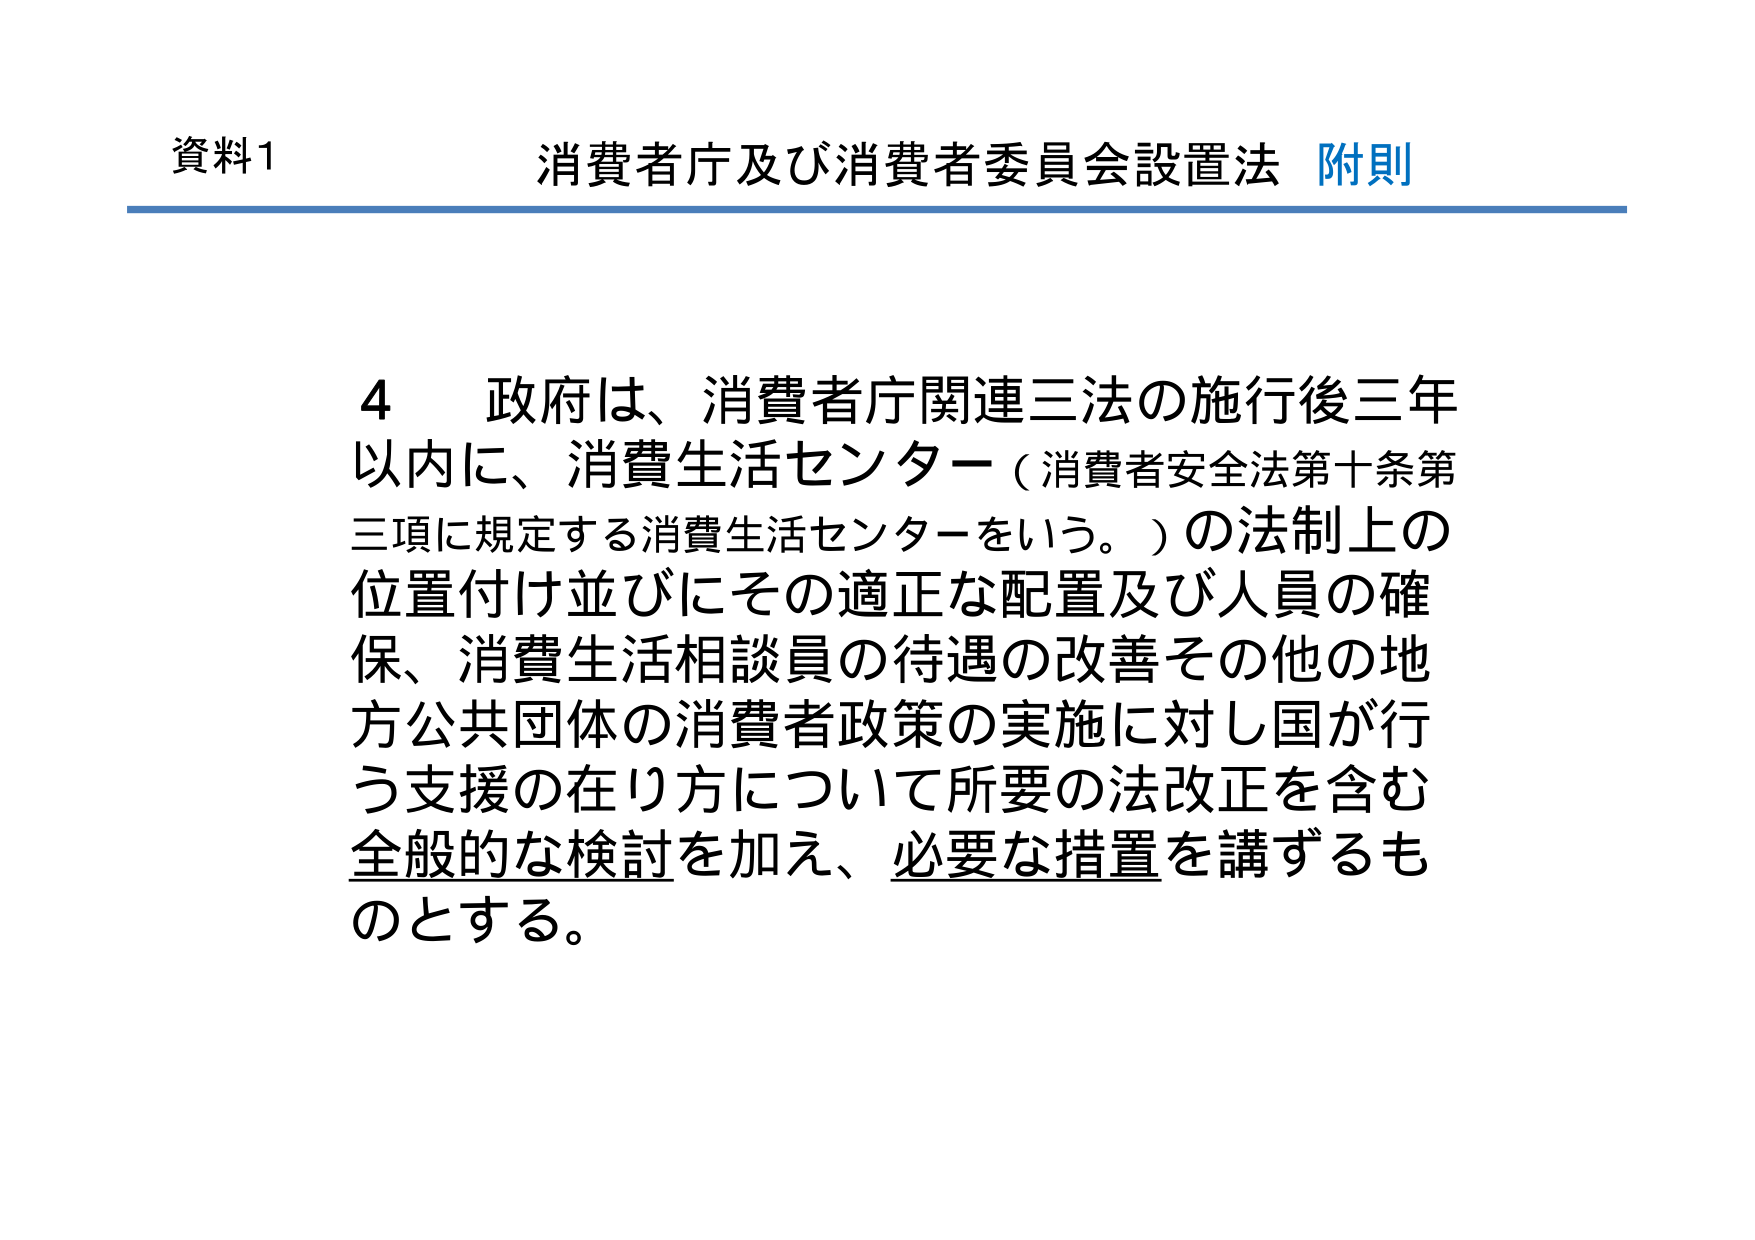
資料1 消費者庁及び消費者委員会設置法 附則

4 政府は、消費者庁関連三法の施行後三年以内に、消費生活センター（消費者安全法第十条第三項に規定する消費生活センターをいう。）の法制上の位置付け並びにその適正な配置及び人員の確保、消費生活相談員の待遇の改善その他の地方公共団体の消費者政策の実施に対し国が行う支援の在り方について所要の法改正を含む全般的な検討を加え、必要な措置を講ずるものとする。